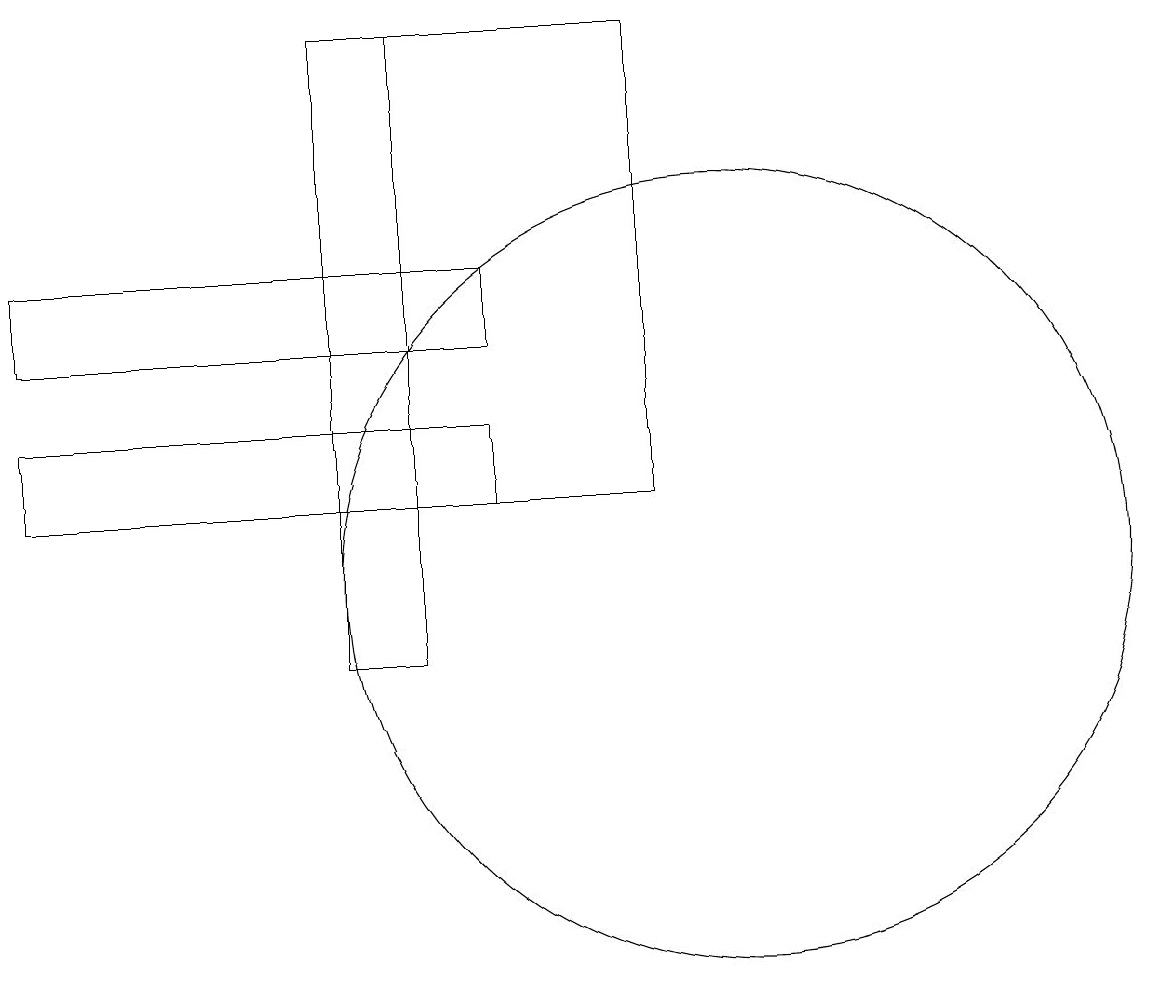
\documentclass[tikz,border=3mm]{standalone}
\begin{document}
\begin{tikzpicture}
\draw (1,14) rectangle (7,13);
\draw (1,16) rectangle (7,15);
\draw (10,12) circle (5);
\draw (6,19) rectangle (5,11);
\draw (5,19) rectangle (9,13);
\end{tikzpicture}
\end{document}